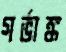
গর্ভাঙ্ক